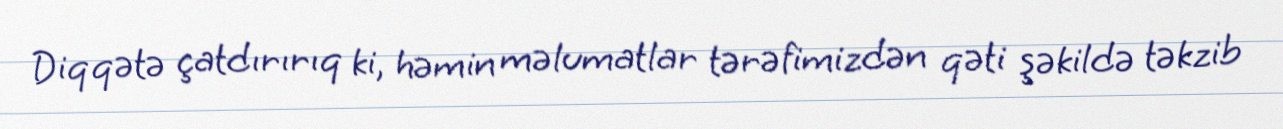
Diqqətə çatdırırıq ki, həmin məlumatlar tərəfimizdən qəti şəkildə təkzib